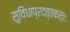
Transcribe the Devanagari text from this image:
सुविधाप्रदत्तकर्ता